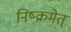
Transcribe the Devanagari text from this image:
निष्क्रमेत्